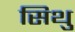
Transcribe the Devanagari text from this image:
सिथु